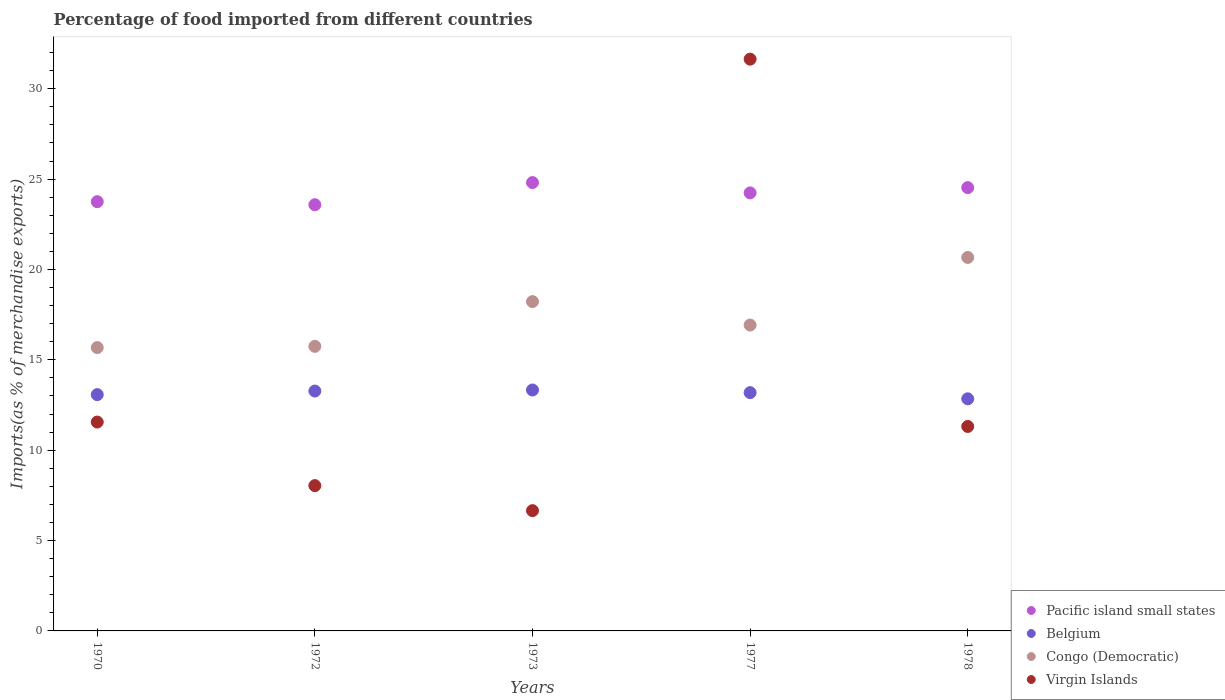
| Years | Pacific island small states | Belgium | Congo (Democratic) | Virgin Islands |
 | --- | --- | --- | --- | --- |
 | 1970 | 23.8 | 13.1 | 15.7 | 11.6 |
 | 1972 | 23.6 | 13.3 | 15.7 | 8.04 |
 | 1973 | 24.8 | 13.3 | 18.2 | 6.65 |
 | 1977 | 24.2 | 13.2 | 16.9 | 31.6 |
 | 1978 | 24.5 | 12.8 | 20.7 | 11.3 |